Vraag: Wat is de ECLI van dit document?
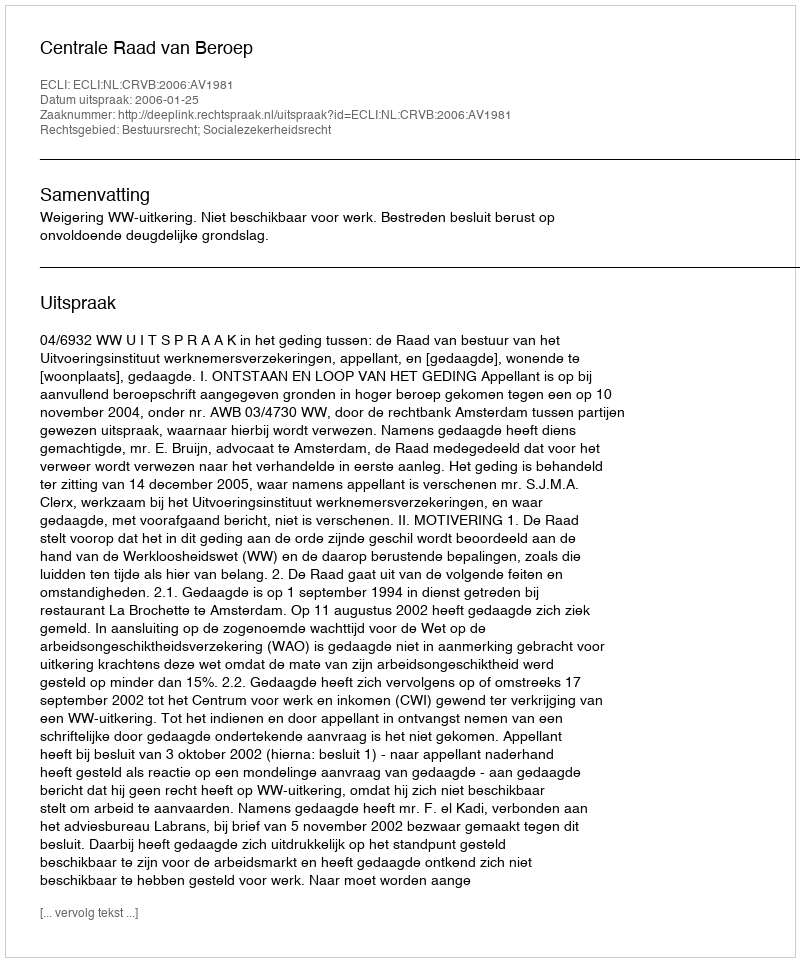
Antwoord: ECLI:NL:CRVB:2006:AV1981